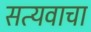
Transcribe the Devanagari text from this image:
सत्यवाचा